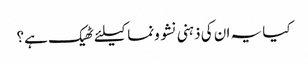
کیا یہ ان کی ذہنی نشو ونما کیلئے ٹھیک ہے؟